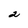
Character: 2